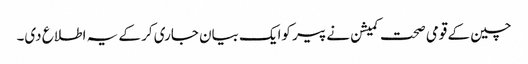
چین کے قومی صحت کمیشن نے پیر کوایک بیان جاری کر کے یہ اطلاع دی۔